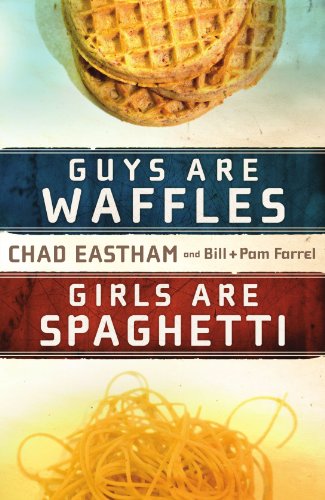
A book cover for Guys Are Waffles, Girls Are Spaghetti; Chad Eastham; Teen & Young Adult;